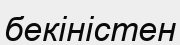
бекіністен